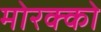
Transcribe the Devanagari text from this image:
मोरक्‍को